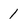
Character: 1